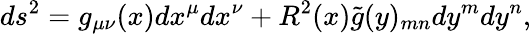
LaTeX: ds^{2}=g_{\mu\nu}(x)dx^{\mu}dx^{\nu}+R^{2}(x)\tilde{g}(y)_{mn}dy^{m}dy^{n},